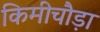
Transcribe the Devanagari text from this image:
किमीचौड़ा